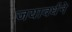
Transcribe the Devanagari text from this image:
जयावर्धने